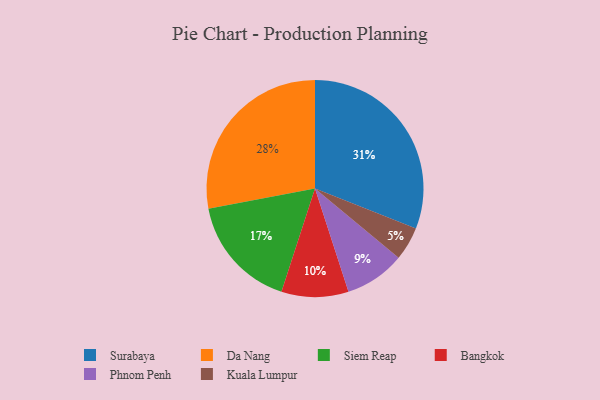
{"axis": {"x": "Category", "y": "Percentage"}, "legend": ["Bangkok", "Da Nang", "Kuala Lumpur", "Phnom Penh", "Siem Reap", "Surabaya"], "data": [{"x": "Phnom Penh", "y": 9, "type": "Phnom Penh"}, {"x": "Da Nang", "y": 28, "type": "Da Nang"}, {"x": "Siem Reap", "y": 17, "type": "Siem Reap"}, {"x": "Bangkok", "y": 10, "type": "Bangkok"}, {"x": "Surabaya", "y": 31, "type": "Surabaya"}, {"x": "Kuala Lumpur", "y": 5, "type": "Kuala Lumpur"}]}